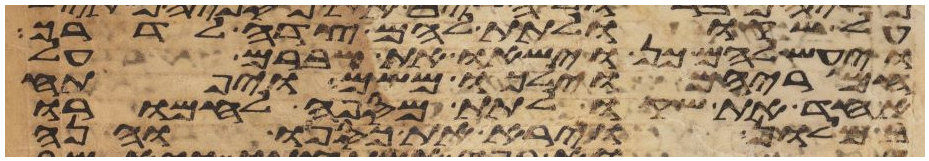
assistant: על שקו ולתת להם צדה לדרך
ויעש להם כן וישאו את שברם על
חמריהם וילכו משם ויפתח
אחד את שקו לתת מספה לחמרו
במלון וירא את כספו והנה